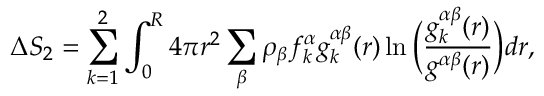
\Delta S _ { 2 } = \sum _ { k = 1 } ^ { 2 } \int _ { 0 } ^ { R } 4 \pi r ^ { 2 } \sum _ { \beta } \rho _ { \beta } f _ { k } ^ { \alpha } g _ { k } ^ { \alpha \beta } ( r ) \ln \Big ( \frac { g _ { k } ^ { \alpha \beta } ( r ) } { g ^ { \alpha \beta } ( r ) } \Big ) d r ,